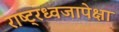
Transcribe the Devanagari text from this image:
राष्ट्रध्वजापेक्षा